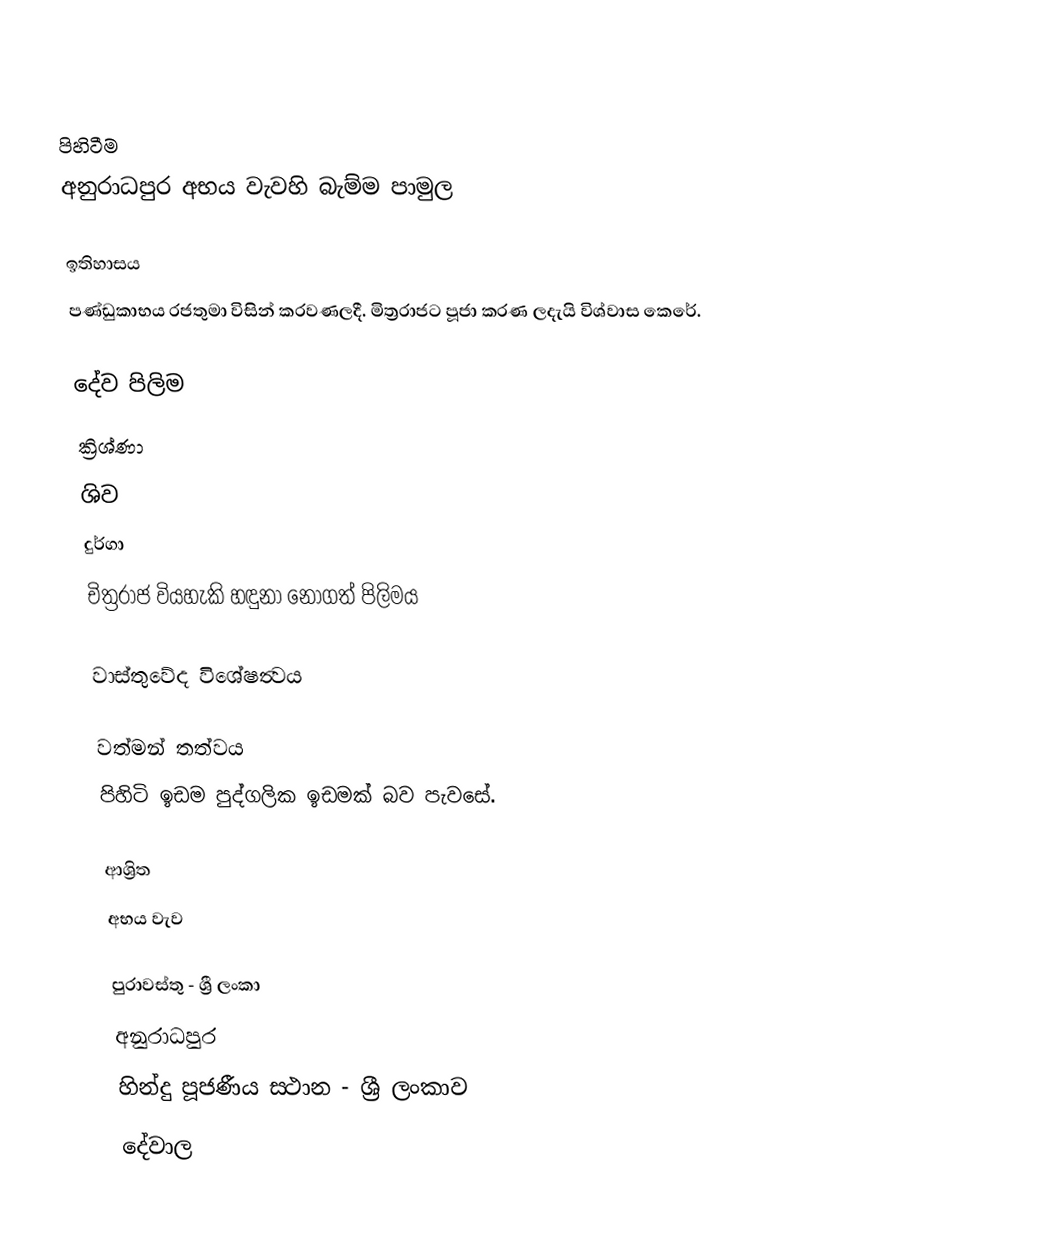

පිහිටීම
අනුරාධපුර අභය වැවහි බැම්ම පාමුල

ඉතිහාසය
පණ්ඩුකාභය රජතුමා විසින් කරවණලදී. මිත්‍රරාජට පූජා කරණ ලදැයි විශ්වාස කෙරේ.

දේව පිලිම
 ක්‍රිශ්ණා
ශිව
 දුර්ගා
චිත්‍රරාජ වියහැකි හඳුනා නොගත් පිලිමය

වාස්තුවේද විශේෂත්‍වය

වත්මන් තත්වය
පිහිටි ඉඩම පුද්ගලික ඉඩමක් බව පැවසේ.

ආශ්‍රිත
 අභය වැව

පුරාවස්තු - ශ්‍රී ලංකා
අනුරාධපුර
හින්දු පූජණීය ස‍්ථාන - ශ්‍රී ලංකාව
දේවාල